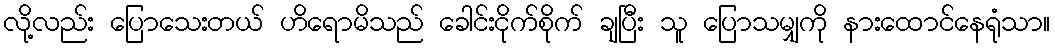
လို့လည်း ပြောသေးတယ် ဟိရောမိသည် ခေါင်းငိုက်စိုက် ချပြီး သူ ပြောသမျှကို နားထောင်နေရုံသာ။